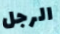
الرجل